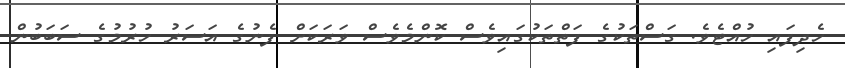
ހެދިފައި ހުއްޓެވެ. ގަސްތަކުގެ ފަތްތަކުގައިވެސް ކޮންމެވެސް ވަރަކަށް ފެނުގެ އަސަރު ހުރުމުގެ ސަބަބުން